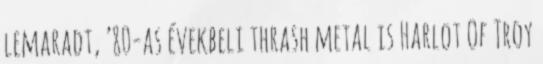
lemaradt, ’80-as évekbeli thrash metal is Harlot Of Troy